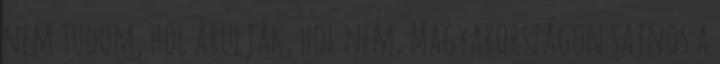
nem tudom, hol árulják, hol nem, Magyarországon sajnos a